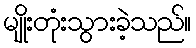
မျိုးတုံးသွားခဲ့သည်။